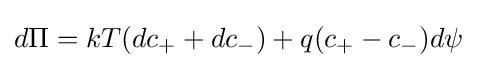
d\Pi =kT(dc_{+}+dc_{-})+q(c_{+}-c_{-})d\psi